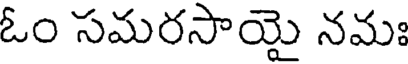
ఓం సమరసాయై నమః